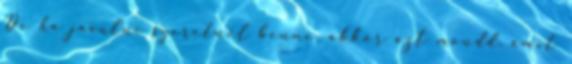
De ha javulni szeretnél benne, akkor azt mondd, amit